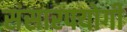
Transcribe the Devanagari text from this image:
संसारपयोगी